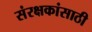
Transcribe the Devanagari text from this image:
संरक्षकांसाठी